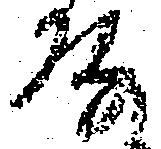
殿